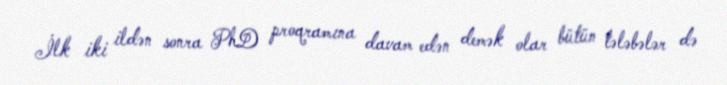
İlk iki ildən sonra PhD proqramına davam edən demək olar bütün tələbələr də